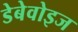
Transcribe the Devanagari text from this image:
डेबेवोइज